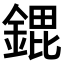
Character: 𮢠